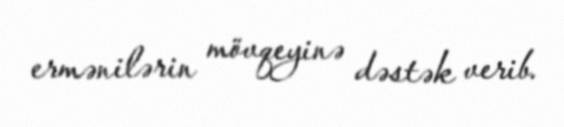
ermənilərin mövqeyinə dəstək verib.